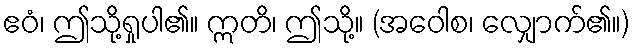
ဧဝံ၊ ဤသို့ရှုပါ၏။ ဣတိ၊ ဤသို့။ (အဝေါစ၊ လျှောက်၏။)